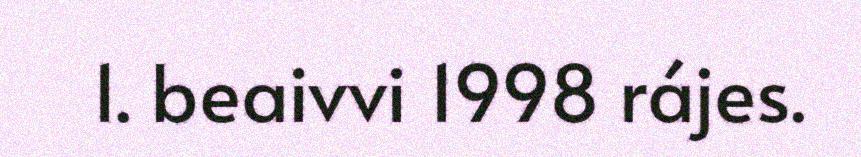
1. beaivvi 1998 rájes.